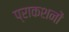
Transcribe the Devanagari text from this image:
प्राकशनों